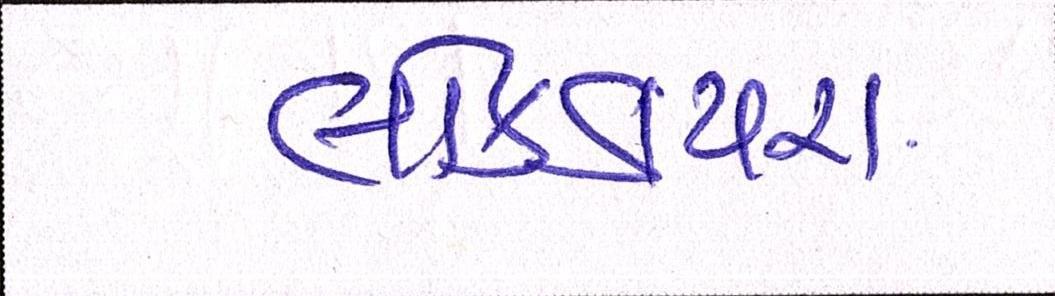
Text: લોકડાયરા